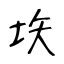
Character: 垁